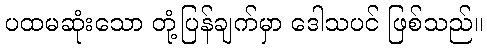
ပထမဆုံးသော တုံ့ပြန်ချက်မှာ ဒေါသပင် ဖြစ်သည်။